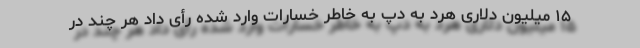
۱۵ میلیون دلاری هرد به دپ به خاطر خسارات وارد شده رأی داد هر چند در